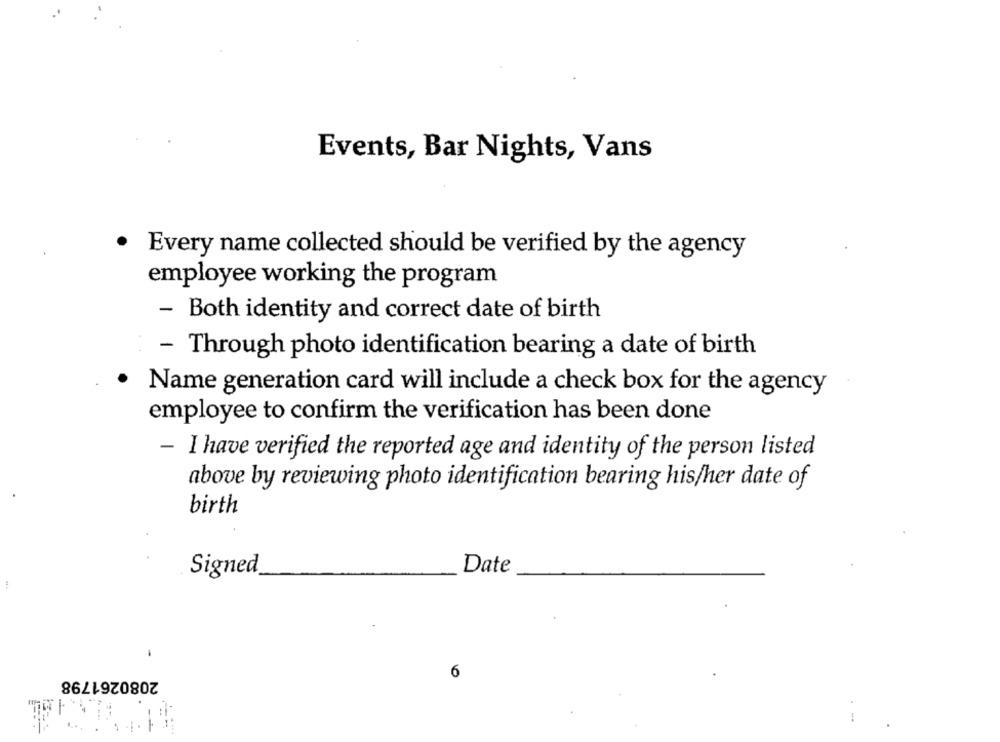
Events, Bar Nights, Vans
Every name collected should be verified by the agency
employee working the program
- Both identity and correct date of birth
- Through photo identification bearing a date of birth
Name generation card will include a check box for the agency
employee to confirm the verification has been done
- I have verified the reported age and identity of the person listed
above by reviewing photo identification bearing his/her date of
birth
Date
Signed
:
-
2080261798
6